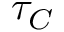
\tau _ { C }